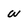
Character: w